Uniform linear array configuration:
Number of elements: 4
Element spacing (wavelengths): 0.75
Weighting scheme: binomial
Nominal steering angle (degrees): -60
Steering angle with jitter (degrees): -58.765
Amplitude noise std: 0.05
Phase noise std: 0.05

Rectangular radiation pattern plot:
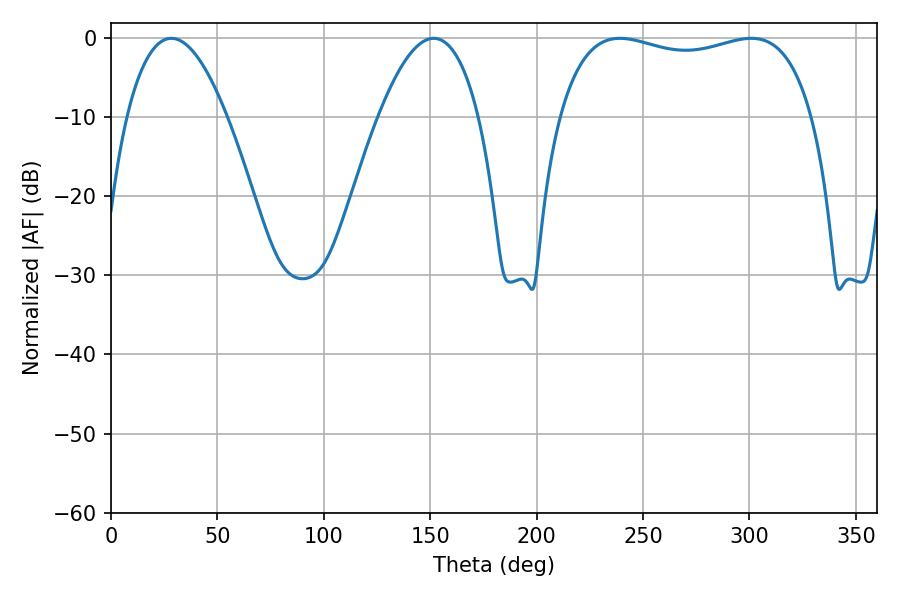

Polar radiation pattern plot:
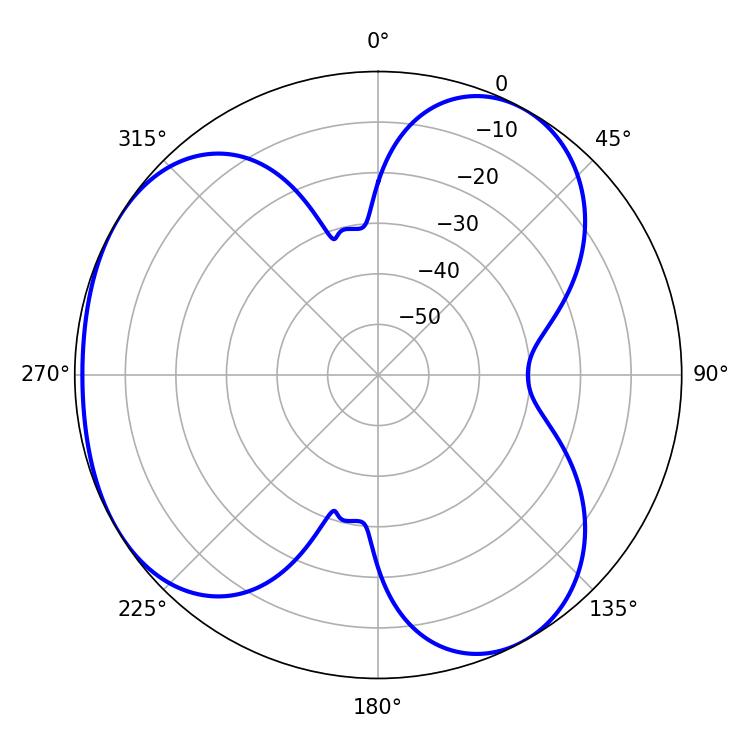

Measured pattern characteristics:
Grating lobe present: TRUE
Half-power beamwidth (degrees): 97.2
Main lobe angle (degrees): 239.04